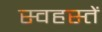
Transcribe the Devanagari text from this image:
स्वहस्तें